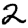
Digit: 2